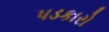
પડકારો